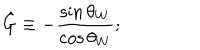
\hat { G } \equiv - \frac { \sin \theta _ { W } } { \cos \theta _ { W } } ;